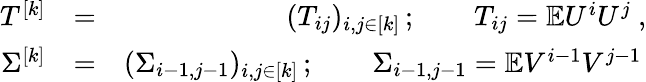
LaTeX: \begin{array}{rlr}{T^{[k]}}&{=}&{(T_{ij})_{i,j\in[k]}\, ;\qquad T_{ij}=\mathbb{E}U^{i}U^{j}\ ,}\\ {\Sigma^{[k]}}&{=}&{(\Sigma_{i-1,j-1})_{i,j\in[k]}\, ;\qquad\Sigma_{i-1,j-1}=\mathbb{E}V^{i-1}V^{j-1}\, }\end{array}